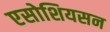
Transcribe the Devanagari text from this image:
एसोशियसन